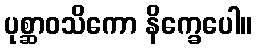
ပုစ္ဆာဝသိကော နိက္ခေပေါ။